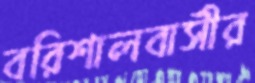
বরিশালবাসীর